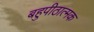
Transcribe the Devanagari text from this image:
बहुपीठात्मक